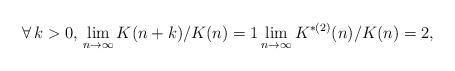
LaTeX: \begin{align*} \forall\, k>0,\, \lim_{n\to\infty}K(n+k)/K(n)=1 \lim_{n\to\infty}K^{*(2)}(n)/K(n)=2, \end{align*}